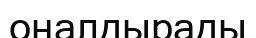
оңалдырады